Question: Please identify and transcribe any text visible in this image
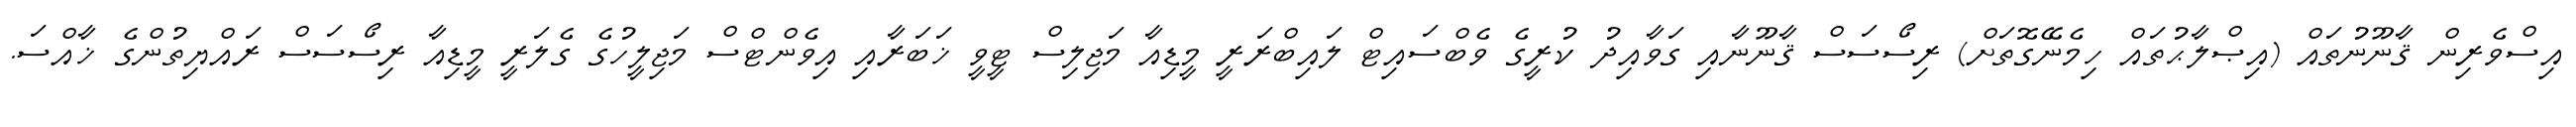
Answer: އިސްވެރިން ޤާނޫނުތައް (އިޞްލާޙުތައް ހިމެނޭގޮތަށް) ރިސޯސަސް ޤާނޫނާއި ގަވާއިދު ކުރީގެ ވެބްސައިޓް ލައިބްރަރީ މީޑިއާ މަޖިލިސް ޓީވީ ޚަބަރާއި އިވެންޓްސް މަޖިލީހުގެ ގެލަރީ މީޑިއާ ރިސޯސަސް ރައްޔިތުންގެ ޚާއްސަ.